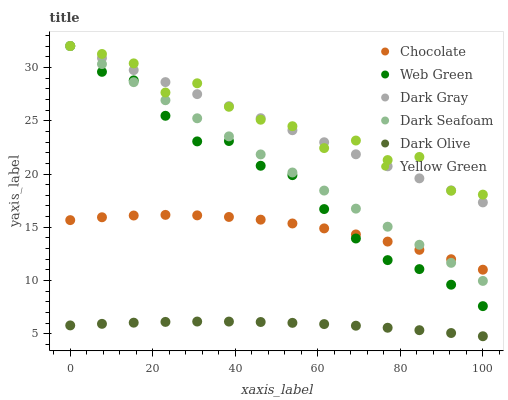
| xaxis_label | Chocolate | Web Green | Dark Gray | Dark Seafoam | Dark Olive | Yellow Green |
 | --- | --- | --- | --- | --- | --- | --- |
 | 0 | 15.7 | 32 | 32 | 32 | 5.8 | 32 |
 | 7.69 | 15.9 | 29.6 | 30.9 | 30.3 | 5.95 | 31.3 |
 | 15.4 | 16.1 | 28.8 | 29.7 | 28.6 | 6.06 | 30.4 |
 | 23.1 | 16.2 | 25.5 | 28.6 | 26.9 | 6.13 | 27.6 |
 | 30.8 | 16.1 | 23.1 | 27.5 | 25.2 | 6.17 | 28.5 |
 | 38.5 | 16 | 23.1 | 26.4 | 23.5 | 6.16 | 26.3 |
 | 46.2 | 15.7 | 20.8 | 25.2 | 21.8 | 6.12 | 25.1 |
 | 53.8 | 15.4 | 19.9 | 24.1 | 20.1 | 6.05 | 24.5 |
 | 61.5 | 14.9 | 16.7 | 23 | 18.4 | 5.93 | 22.4 |
 | 69.2 | 14.3 | 14 | 21.8 | 16.8 | 5.78 | 23.1 |
 | 76.9 | 13.7 | 11.9 | 20.7 | 15.1 | 5.59 | 21.3 |
 | 84.6 | 12.9 | 11.1 | 19.6 | 13.4 | 5.36 | 21.6 |
 | 92.3 | 12 | 9.62 | 18.5 | 11.7 | 5.09 | 18.4 |
 | 100 | 11 | 7.61 | 17.3 | 9.98 | 4.79 | 18.1 |